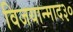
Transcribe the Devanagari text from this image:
विजयान्माद३०